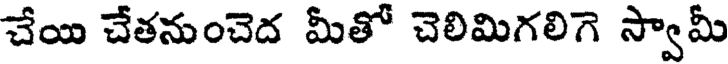
చేయి చేతనుంచెద మీతో చెలిమిగలిగె స్వామీ